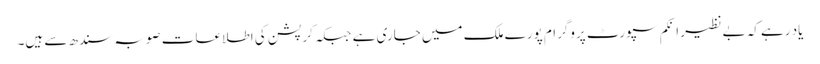
یاد رہے کہ بے نظیر انکم سپورٹ پروگرام پورے ملک میں جاری ہے جبکہ کرپشن کی اطلاعات صوبہ سندھ سے ہیں۔